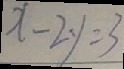
x - 2 y = 3